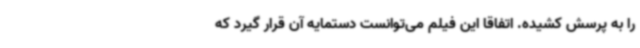
را به پرسش کشیده. اتفاقا این فیلم می‌توانست دستمایه آن قرار گیرد که